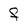
Character: F